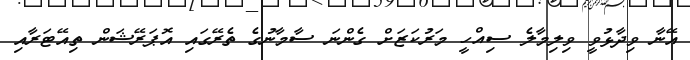
އޭނާ ވިދާޅުވީ ވިލިމާލެ ސިއްހީ މަރުކަޒަށް ގެންނަ ސާމާނުގެ ތެރޭގައި އޮޕަރޭޝަން ތިއޭޓަރާއި